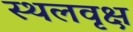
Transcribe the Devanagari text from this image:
स्थलवृक्ष